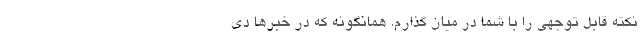
نکته قابل توجهی را با شما در میان ‌گذارم. همانگونه که در خبرها دی